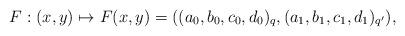
LaTeX: \begin{align*}F : (x,y) \mapsto F(x,y) = ((a_0,b_0,c_0,d_0)_q, (a_1,b_1,c_1,d_1)_{q'}),\end{align*}